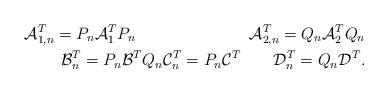
LaTeX: \begin{align*}\mathcal{A}^T_{1,n}=P_n\mathcal{A}^T_1 P_n\quad\qquad\qquad\qquad\mathcal{A}^T_{2,n}=Q_n\mathcal{A}_2^T Q_n\\\mathcal{B}^T_n=P_n\mathcal{B}^T Q_n \mathcal{C}^T_n=P_n\mathcal{C}^T\qquad\mathcal{D}^T_n=Q_n\mathcal{D}^T.\end{align*}